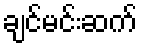
ချင်မင်းဆက်